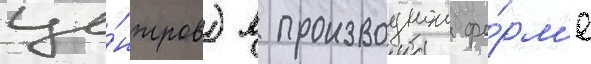
це́нтров) в производнои фо́рм'е